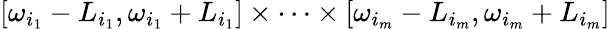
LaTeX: [\omega_{i_{1}}-L_{i_{1}},\omega_{i_{1}}+L_{i_{1}}]\times\cdots\times[\omega_{i_{m}}-L_{i_{m}},\omega_{i_{m}}+L_{i_{m}}]